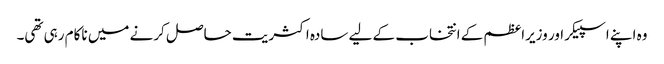
وہ اپنے اسپیکر اور وزیراعظم کے انتخاب کے لیے سادہ اکثریت حاصل کرنے میں ناکام رہی تھی۔